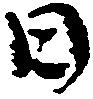
日